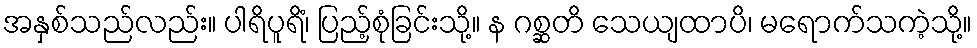
အနှစ်သည်လည်း။ ပါရိပူရိံ၊ ပြည့်စုံခြင်းသို့။ န ဂစ္ဆတိ သေယျထာပိ၊ မရောက်သကဲ့သို့။